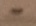
Text: -